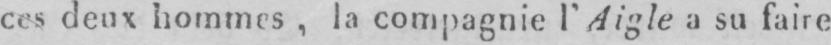
ces deux hommes, la compagnie l’Aigle a su faire